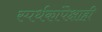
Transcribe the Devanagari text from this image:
स्पर्धकांपेक्षाही